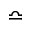
\bumpeq